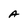
Character: A